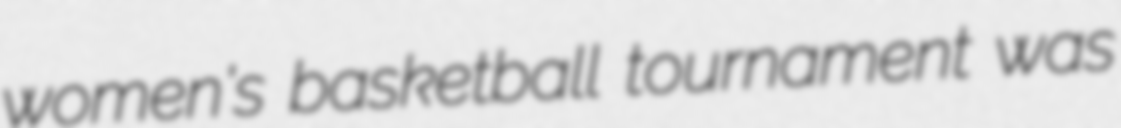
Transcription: women's basketball tournament was